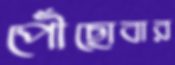
পৌঁছোবার